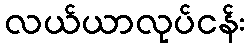
လယ်ယာလုပ်ငန်း